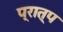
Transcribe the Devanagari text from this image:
प्रात्प